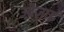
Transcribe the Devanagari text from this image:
ओजाई